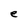
Character: e